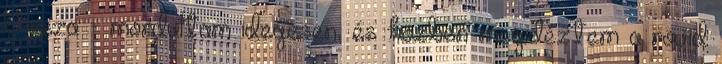
Vissza – mordultam idegesen, és közben megidéztem a rövid